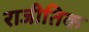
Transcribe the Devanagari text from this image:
राजीतिक